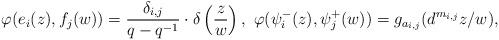
LaTeX: \begin{align*} \varphi(e_i(z), f_j(w))=\frac{\delta_{i,j}}{q-q^{-1}}\cdot \delta\left(\frac{z}{w}\right),\ \varphi(\psi^-_i(z),\psi^+_j(w))=g_{a_{i,j}}(d^{m_{i,j}}z/w),\end{align*}